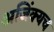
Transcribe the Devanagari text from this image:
अजिंक्यच